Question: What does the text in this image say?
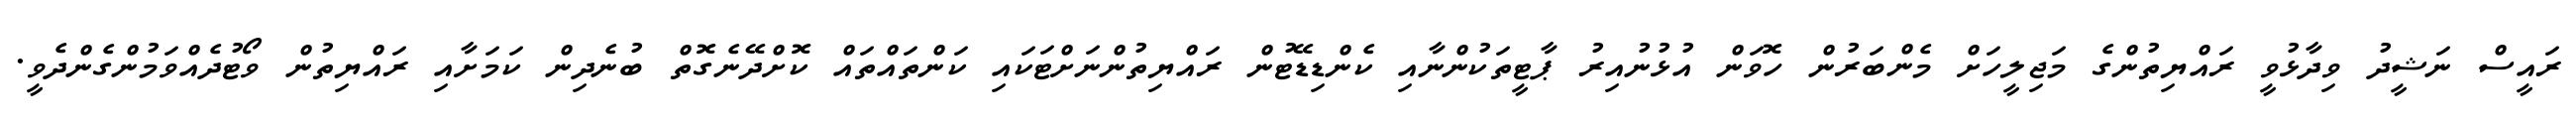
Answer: ރައީސް ނަޝީދު ވިދާޅުވީ ރައްޔިތުންގެ މަޖިލީހަށް މެންބަރުން ހޮވަން އުޅުނުއިރު ޕާޓީތަކުންނާއި ކެންޑިޑޭޓުން ރައްޔިތުންނަށްޓަކައި ކަންތައްތައް ކޮށްދޭނެގޮތް ބުނެދިން ކަމަށާއި ރައްޔިތުން ވޯޓުދެއްވަމުންގެންދެވީ.